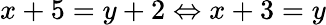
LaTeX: x+5=y+2\Leftrightarrow x+3=y